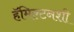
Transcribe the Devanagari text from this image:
हॅमिल्टनशी